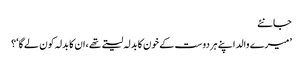
جانئے
’میرے والد اپنے ہردوست کے خون کا بدلہ لیتے تھے ،ان کا بدلہ کون لے گا‘؟